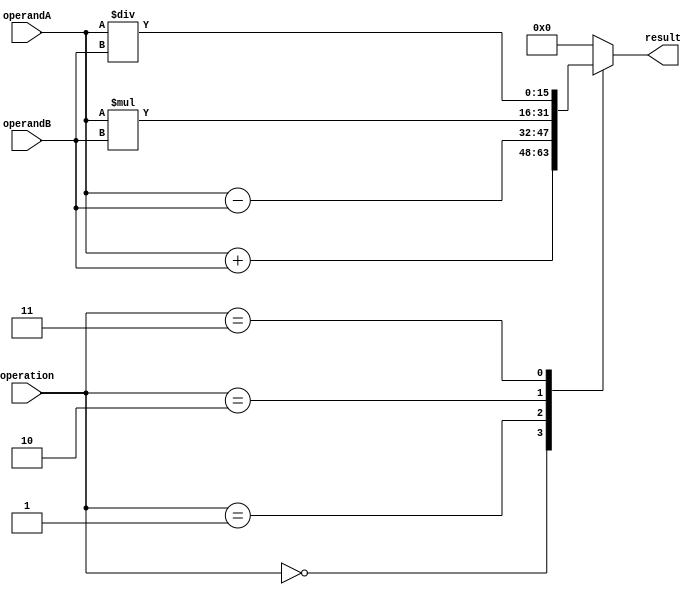
module ALU(
    input [15:0] operandA,
    input [15:0] operandB,
    input [2:0] operation,
    output reg [15:0] result
);

always @(*)
begin
    case(operation)
        3'b000: result = operandA + operandB; // Addition
        3'b001: result = operandA - operandB; // Subtraction
        3'b010: result = operandA * operandB; // Multiplication
        3'b011: result = operandA / operandB; // Division
        default: result = 16'h0000; // Default case
    endcase
end

endmodule